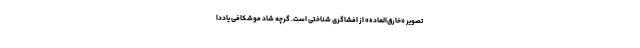
تصویر «خارق‌العاده» از افشاگری شناختی است. گرچه شاد موشکافی یاددا